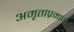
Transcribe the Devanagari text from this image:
अमृताप्रमाणे